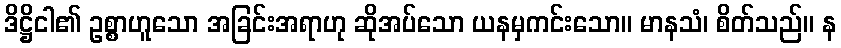
ဒိဋ္ဌိငါ၏ ဥစ္စာဟူသော အခြင်းအရာဟု ဆိုအပ်သော ယနမှကင်းသော။ မာနသံ၊ စိတ်သည်။ န